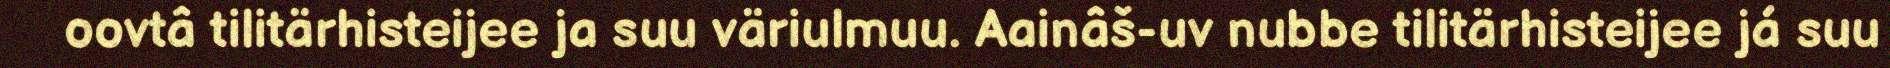
oovtâ tilitärhisteijee ja suu väriulmuu. Aainâš-uv nubbe tilitärhisteijee já suu